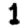
Digit: 1